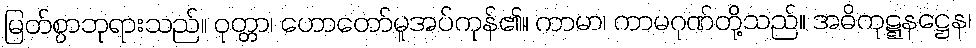
မြတ်စွာဘုရားသည်။ ဝုတ္တာ၊ ဟောတော်မူအပ်ကုန်၏။ ကာမာ၊ ကာမဂုဏ်တို့သည်။ အဓိကုဋ္ဋနဋ္ဌေန၊